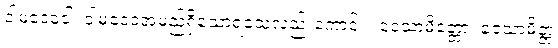
ဝါမဒေဝေါ၊ ဝါမဒေဝအမည်ရှိသောရသေ့လည်းကောင်း။ ဝေသာမိတ္တော၊ ဝေသာမိတ္တ